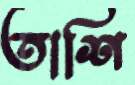
তাশি